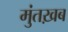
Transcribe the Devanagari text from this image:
मुंतख़ब